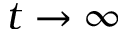
t \to \infty